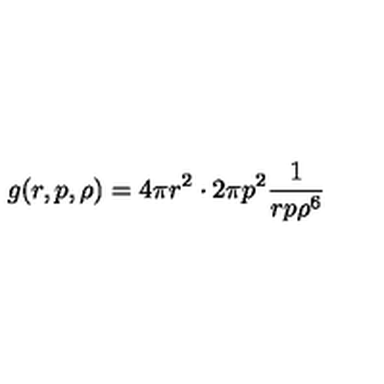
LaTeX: g ( r , p , \rho ) = 4 \pi r ^ { 2 } \cdot 2 \pi p ^ { 2 } \frac { 1 } { r p \rho ^ { 6 } }